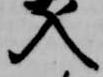
入